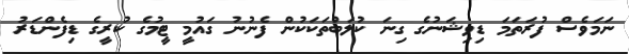
ނަމަވެސް ފުރަތަމަ ޑިވިޝަނުގެ ގިނަ ކުލަބުތަކަކުން ފެނުނު ގައުމީ ޓީމުގެ ކުރީގެ ޑިފެންޑަރު